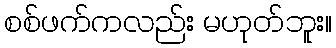
စစ်ဖက်ကလည်း မဟုတ်ဘူး။